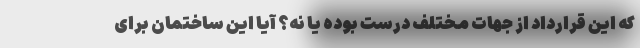
که این قرارداد از جهات مختلف درست بوده یا نه؟ آیا این ساختمان برای